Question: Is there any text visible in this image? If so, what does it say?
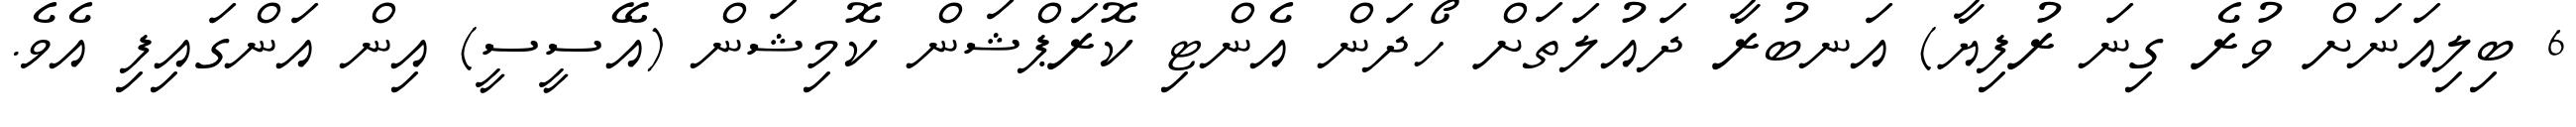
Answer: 6 ބިލިއަނަށް ވުރެ ގިނަ ރުފިޔާ) އަނބުރާ ދައުލަތަށް ހޯދަން އެންޓި ކޮރަޕްޝަން ކޮމިޝަން (އޭސީސީ) އިން އަންގައިފި އެވެ.